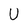
Character: U